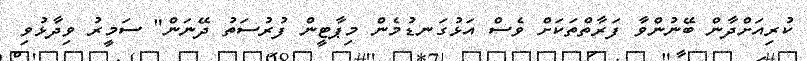
ކުރިއަށްދާން ބޭނުންވާ ފަރާތްތަކަށް ވެސް އަޅުގަނޑުމެން މިޕާޓީން ފުރުސަތު ދޭނަން" ސަމީރު ވިދާޅުވި